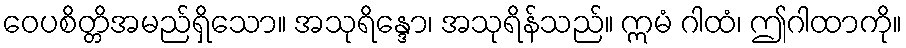
ဝေပစိတ္တိအမည်ရှိသော။ အသုရိန္ဒော၊ အသုရိန်သည်။ ဣမံ ဂါထံ၊ ဤဂါထာကို။